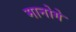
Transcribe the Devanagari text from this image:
मानोगे